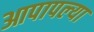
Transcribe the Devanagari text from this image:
आपापल्‍या